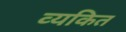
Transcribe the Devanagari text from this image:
व्‍यकित